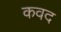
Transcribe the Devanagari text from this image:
कवद